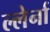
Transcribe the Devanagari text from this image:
ल्लेर्ना